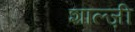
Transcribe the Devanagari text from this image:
शाल्ज़ी